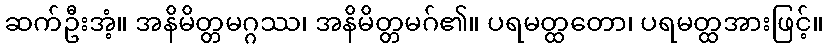
ဆက်ဦးအံ့။ အနိမိတ္တမဂ္ဂဿ၊ အနိမိတ္တမဂ်၏။ ပရမတ္ထတော၊ ပရမတ္ထအားဖြင့်။